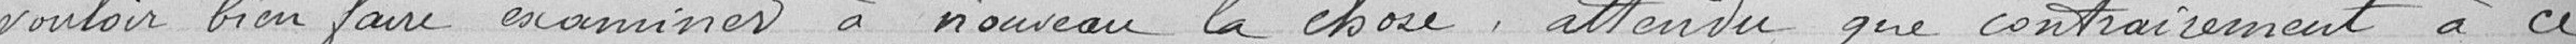
vouloir bien faire examiner à nouveau la chose, attendu que contrairement à ce